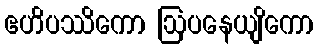
ဧဟိပဿိကော ဩပနေယျိကော